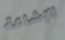
الإشاعة